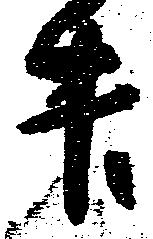
升